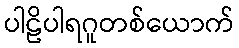
ပါဠိပါရဂူတစ်ယောက်